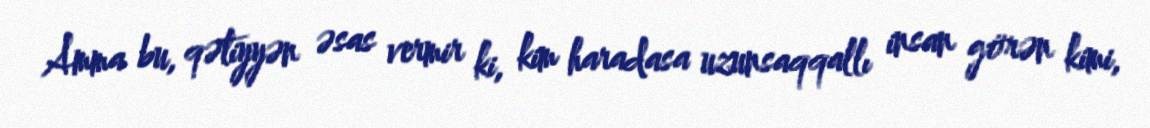
Amma bu, qətiyyən əsas vermir ki, kim haradasa uzunsaqqallı insan görən kimi,